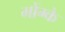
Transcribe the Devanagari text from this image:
मोंग्के